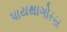
પાયથાગોરસ